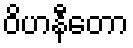
ဝိဟနီတော